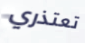
تعتذري